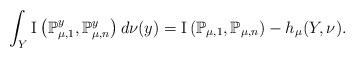
LaTeX: \begin{align*}\int_{Y}{\rm I}\left(\mathbb{P}_{\mu,1}^{y},\mathbb{P}_{\mu,n}^{y}\right)d\nu(y)={\rm I}\left(\mathbb{P}_{\mu,1},\mathbb{P}_{\mu,n}\right)-h_{\mu}(Y,\nu).\end{align*}